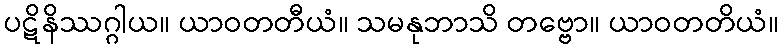
ပဋိနိဿဂ္ဂါယ။ ယာဝတတီယံ။ သမနုဘာသိ တဗ္ဗော။ ယာဝတတိယံ။